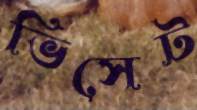
ভিসেট